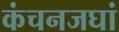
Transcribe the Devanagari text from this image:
कंचनजघां